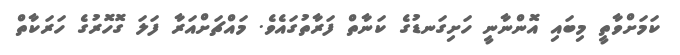
ކަމަށްވާތީ މިބައި އޮންނާނީ ހަށިގަނޑުގެ ކަނާތް ފަރާތުގައެވެ. މައްޗަށްއަރާ ފަލަ ގޮހޮރުގެ ހަރަކާތް